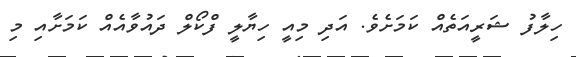
ހިލާފު ޝަރީއަތެއް ކަމަށެވެ. އަދި މިއީ ހިޔާލީ ފްކޯލް ދައުވާއެއް ކަމަށާއި މި